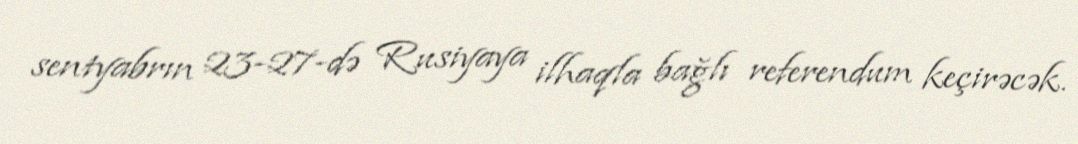
sentyabrın 23-27-də Rusiyaya ilhaqla bağlı referendum keçirəcək.